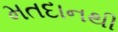
મતદાનથી